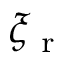
\xi _ { \mathrm { ~ r ~ } }